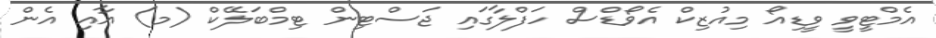
އެމްޓީވީ ވީޑިއޯ މިއުޒިކް އެވޯޑްސް ހަފްލާގައި ޖަސްޓިން ޓިމްބަލޭކް (މ) އާއި އެން